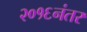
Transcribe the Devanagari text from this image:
२०१६नंतर